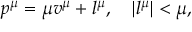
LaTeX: p ^ { \mu } = \mu v ^ { \mu } + l ^ { \mu } , \quad \left| l ^ { \mu } \right| < \mu ,